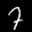
Label: 7